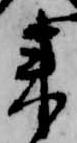
来